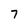
Character: 7